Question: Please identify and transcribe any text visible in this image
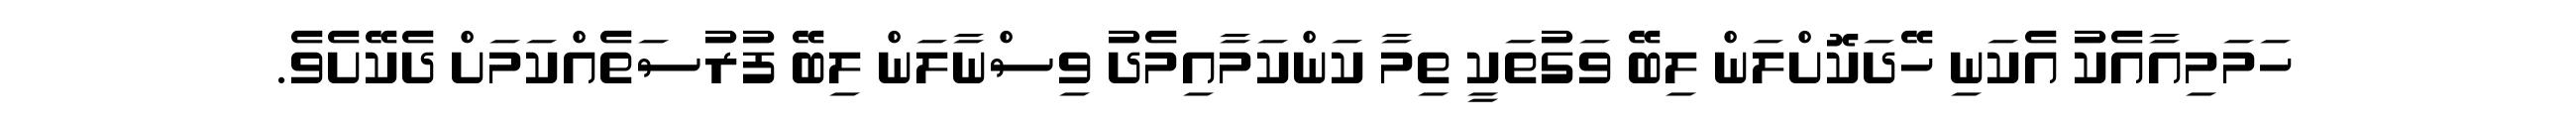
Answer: ހަމަމިއާއެކު އެކަނި ހޭދަކޮށްލަން ލިބޭ ވަގުތަކީ ތިމާ ކަންކަމާއިމެދު ވިސްނާލަން ލިބޭ ފުރުސަތެއްކަމަށް ދެކޭށެވެ.